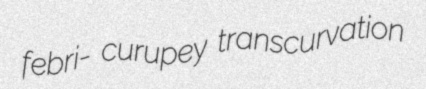
febri- curupey transcurvation